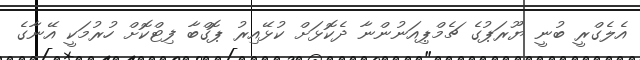
އެލެގްރީ ބުނީ ޔޫރަޕުގެ ޗެމްޕިއަނުންނާ ދެކޮޅަށް ކުޅޭއިރު ޕޮގްބާ ފިޓްކޮށް ހުރުމަކީ އޭނާގެ